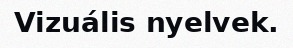
Vizuális nyelvek.